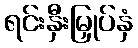
ရင်းနှီးမြှုပ်နှံ